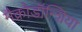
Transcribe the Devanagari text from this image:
मैक्रोडॉन्शिया